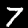
Label: 7